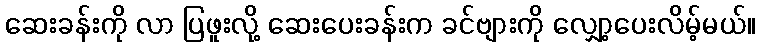
ဆေးခန်းကို လာ ပြဖူးလို့ ဆေးပေးခန်းက ခင်ဗျားကို လျှော့ပေးလိမ့်မယ်။